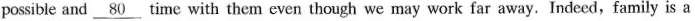
possible and \underline{80} time with them even though we may work far away. Indeed,family is a